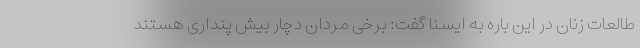
طالعات زنان در این باره به ایسنا گفت: برخی مردان دچار بیش پنداری هستند